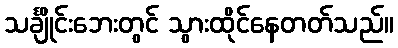
သင်္ချိုင်းဘေးတွင် သွားထိုင်နေတတ်သည်။